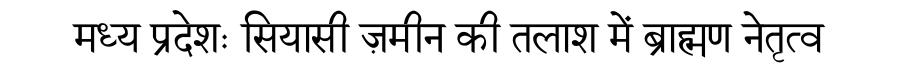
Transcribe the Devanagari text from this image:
मध्य प्रदेशः सियासी ज़मीन की तलाश में ब्राह्मण नेतृत्व